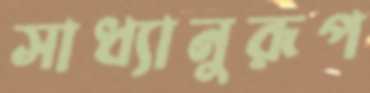
সাধ্যানুরূপ